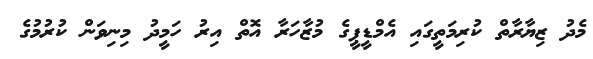
މެދު ޒިޔާރާތް ކުރިމަތީގައި އެމްޑީޕީގެ މުޒާހަރާ އޮތް އިރު ހަމީދު މިނިވަން ކުރުމުގެ